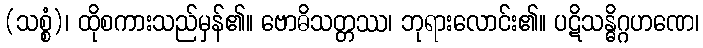
(သစ္စံ)၊ ထိုစကားသည်မှန်၏။ ဗောဓိသတ္တဿ၊ ဘုရားလောင်း၏။ ပဋိသန္ဓိဂ္ဂဟဏေ၊